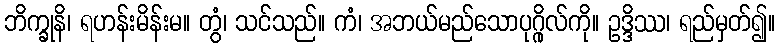
ဘိက္ခုနိ၊ ရဟန်းမိန်းမ။ တွံ၊ သင်သည်။ ကံ၊ အဘယ်မည်သောပုဂ္ဂိုလ်ကို။ ဥဒ္ဒိဿ၊ ရည်မှတ်၍။